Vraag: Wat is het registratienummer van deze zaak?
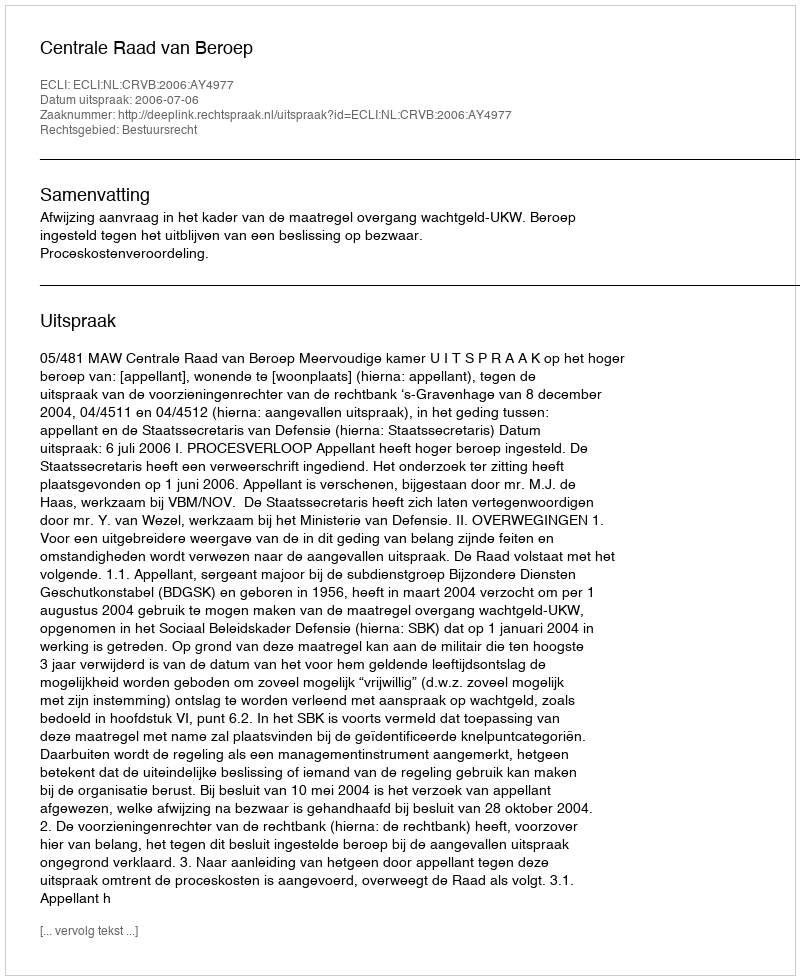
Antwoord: http://deeplink.rechtspraak.nl/uitspraak?id=ECLI:NL:CRVB:2006:AY4977